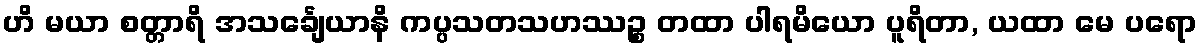
ဟိ မယာ စတ္တာရိ အသင်္ချေယာနိ ကပ္ပသတသဟဿဉ္စ တထာ ပါရမိယော ပူရိတာ, ယထာ မေ ပရော